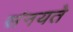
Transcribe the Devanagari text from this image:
संनयते